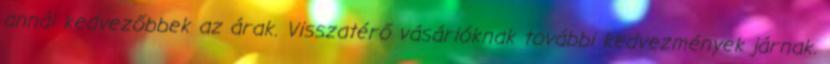
annál kedvezőbbek az árak. Visszatérő vásárlóknak további kedvezmények járnak.